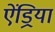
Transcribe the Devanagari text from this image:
ऐंड्रिया